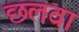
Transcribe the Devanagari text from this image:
छलवा